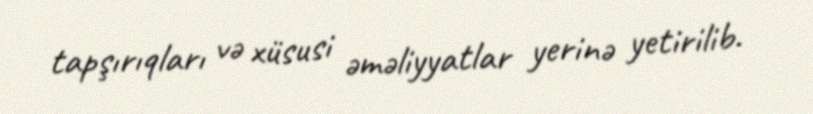
tapşırıqları və xüsusi əməliyyatlar yerinə yetirilib.